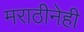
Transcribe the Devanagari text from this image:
मराठीनेही